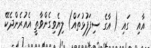
އާއި  ގައި ( އާގެ ސިފަފުޅުތައް) ލިޔެވިގެންވާތީ އެއުރެންދެކޭ